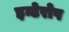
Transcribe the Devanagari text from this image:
इन्टेरोप